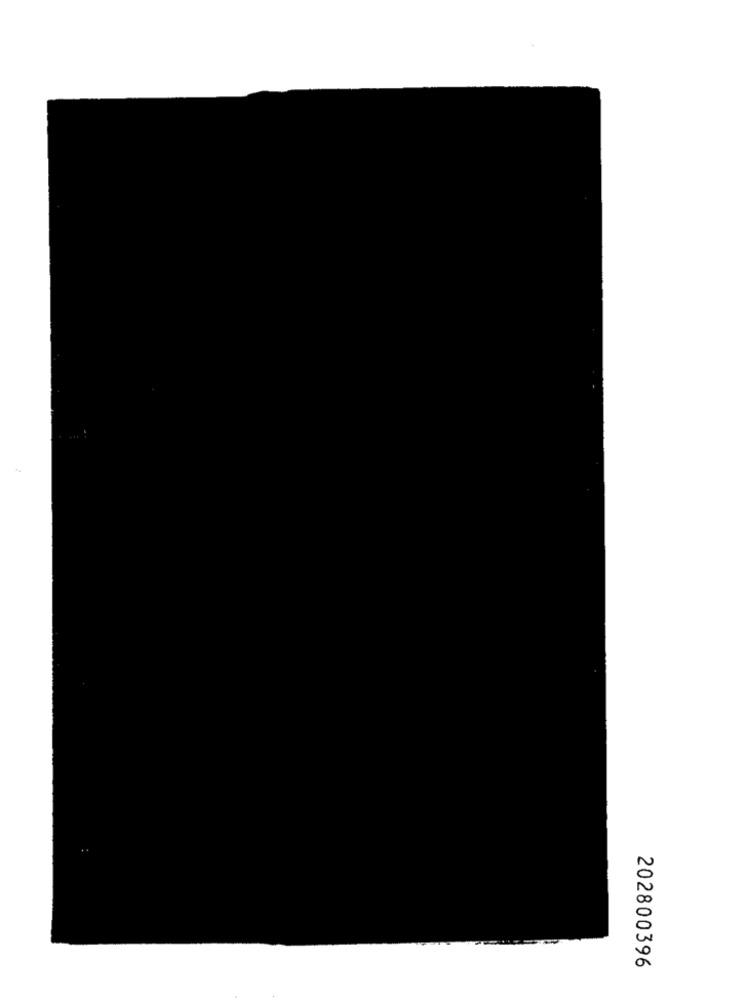
202800396